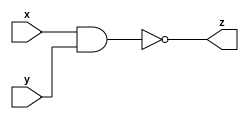
module nand_gate_n (x, y, z);
  parameter n=2;
  input [n-1:0] x;
  input [n-1:0] y;
  output [n-1:0] z;
  
  assign z = ~(x&y) ;
  
  
endmodule